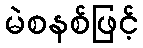
မဲစနစ်ဖြင့်